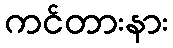
ကင်တားနား